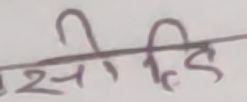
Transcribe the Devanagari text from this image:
सेहीडि